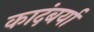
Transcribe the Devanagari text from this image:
कादंबर्या